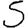
Digit: 5